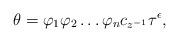
\begin{align*}\theta = \varphi_1 \varphi_2 \dots \varphi_n c_{z^{-1}} \tau^{\epsilon},\end{align*}